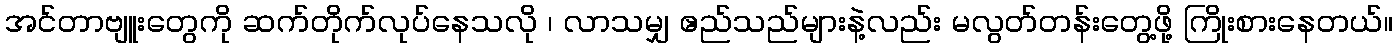
အင်တာဗျူးတွေကို ဆက်တိုက်လုပ်နေသလို ၊ လာသမျှ ဧည်သည်များနဲ့လည်း မလွတ်တန်းတွေ့ဖို့ ကြိုးစားနေတယ်။